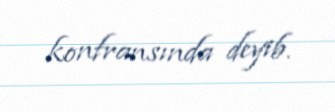
konfransında deyib.